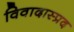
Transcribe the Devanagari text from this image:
विवादास्प्रद